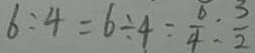
6 : 4 = 6 \div 4 = \frac { 6 } { 4 } : \frac { 3 } { 2 }